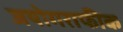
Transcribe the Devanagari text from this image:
जयोगराफीक